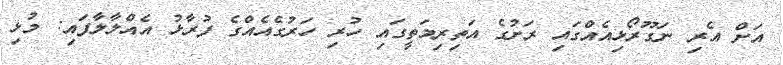
އަށް އެރި ނަގޫރޯޅިއެއްގައި ރަށުގެ އަތިރިމަތީގައި ހުރި ހަރުގެއެއްގެ ފުރާޅު އެއްލާލާފައި: މުޅި